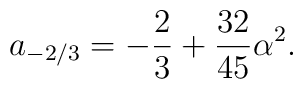
a_{-2/3}=-\frac{2}{3}+\frac{32}{45}\alpha^2.